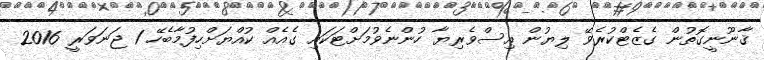
ޤާނޫނީގޮތުން ގެޒެޓްކުރެވޭ ލިޔުން އިސްވެރިޔާ ހުންނެވުމަށްޓަކައި ގެއެއް ކުއްޔަށްހިފުމާބެހޭ 1 ޖަނަވަރީ 2016